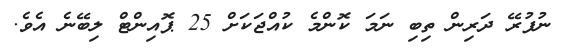
ނުފުރޭ ދަރިން ތިބި ނަމަ ކޮންމެ ކުއްޖަކަށް 25 ޕޮއިންޓް ލިބޭނެ އެވެ.